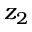
z _ { 2 }